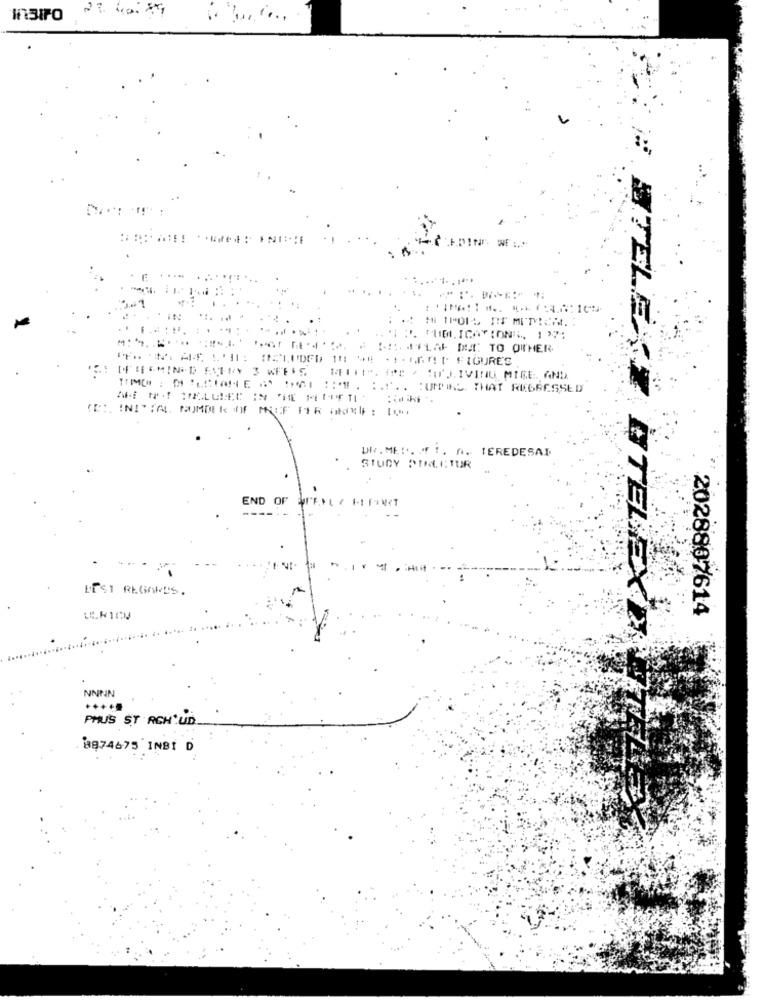
. .
I P. CUD ICATIONE, 137;
# CHIFLA DU TO OTHER
DIE GMINED EVERY 3 WEEKS
MEET!". I.E . : UJ. IVINU MIGE. AND
TIME : MILCIANE " !I :". ... UNS THAT REGRESSED
DR. MED. !. A. TEREDESAI
STUDY PIRLETUR
END OF
BEST REGARDS.
2028807614
STELEXI OTELEXD
NNNN
PHUS ST RCH'UD.
8874675 INBİ D